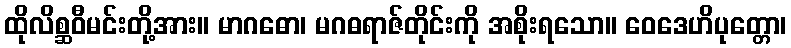
ထိုလိစ္ဆဝီမင်းတို့အား။ မာဂဓော၊ မဂဓရာဇ်တိုင်းကို အစိုးရသော။ ဝေဒေဟိပုတ္တော၊